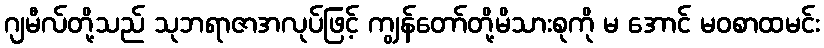
ဂျမီလ်တို့သည် သုဘရာဇာအလုပ်ဖြင့် ကျွန်တော်တို့မိသားစုကို မ အောင် မဝစာထမင်း